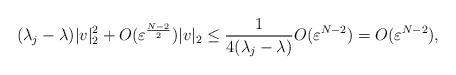
LaTeX: \begin{align*}(\lambda_{j}-\lambda)|v|_{2}^{2}+O(\varepsilon^{\frac{N-2}{2}})|v|_{2}\leq\frac{1}{4(\lambda_{j}-\lambda)}O(\varepsilon^{N-2})=O(\varepsilon^{N-2}),\end{align*}